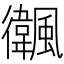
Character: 𩙃